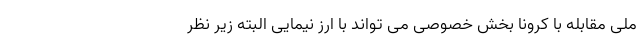
ملی مقابله با کرونا بخش خصوصی می تواند با ارز نیمایی البته زیر نظر